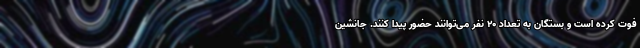
فوت کرده است و بستگان به تعداد ۲۰ نفر می‌توانند حضور پیدا کنند. جانشین